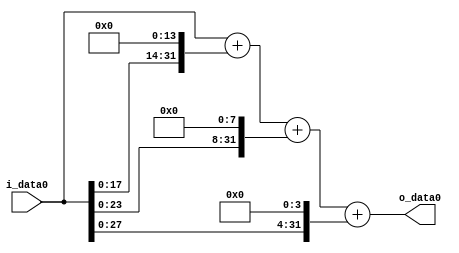
module multiplier_block (
    i_data0,
    o_data0
);

  // Port mode declarations:
  input   [31:0] i_data0;
  output  [31:0]
    o_data0;

  //Multipliers:

  wire [31:0]
    w1,
    w16384,
    w16385,
    w256,
    w16641,
    w16,
    w16657;

  assign w1 = i_data0;
  assign w16 = w1 << 4;
  assign w16384 = w1 << 14;
  assign w16385 = w1 + w16384;
  assign w16641 = w16385 + w256;
  assign w16657 = w16641 + w16;
  assign w256 = w1 << 8;

  assign o_data0 = w16657;

  //multiplier_block area estimate = 4770.05771526471;
endmodule